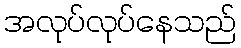
အလုပ်လုပ်နေသည်